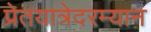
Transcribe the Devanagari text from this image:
प्रेतयात्रेदरम्यान